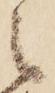
之